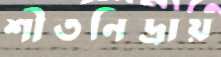
শীতনিদ্রায়